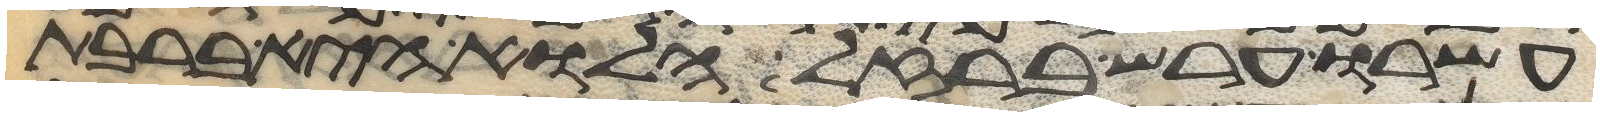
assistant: ערשו ערש ברזל הלוא היא ברבת